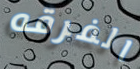
الفرقه